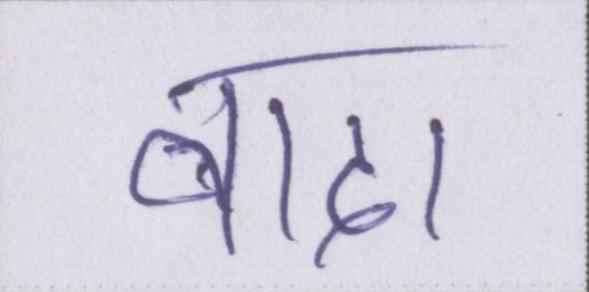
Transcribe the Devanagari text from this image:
वादा